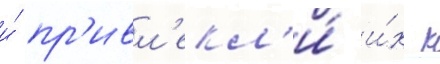
и́ пр'ивл'екл'и́ и́х к